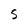
Character: S